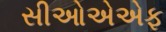
સીઓએએફ